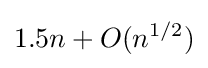
1.5n+O(n^{1/2})